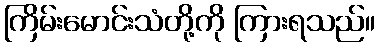
ကြိမ်းမောင်းသံတို့ကို ကြားရသည်။